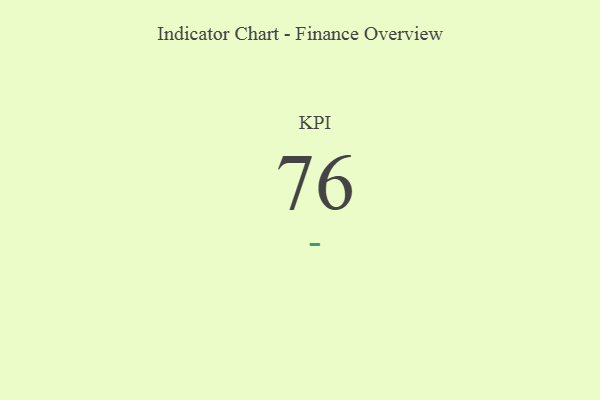
{"axis": {"x": "KPI", "y": "Value"}, "legend": [""], "data": [{"x": "KPI", "y": 76, "type": ""}]}